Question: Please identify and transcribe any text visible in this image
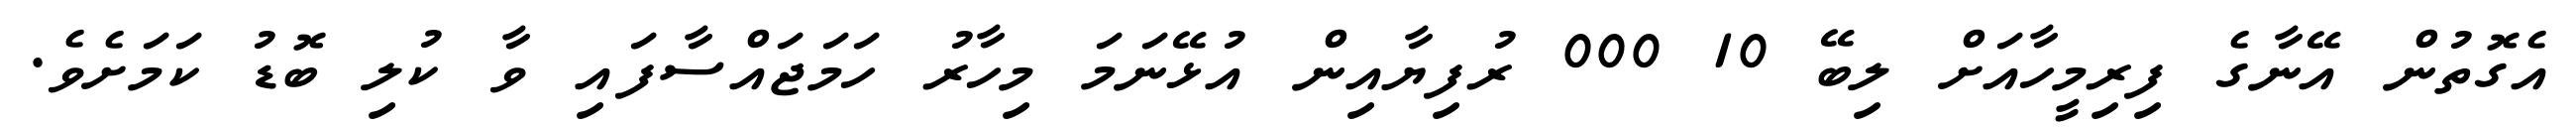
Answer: އެގޮތުން އޭނާގެ ފިރިމީހާއަށް ލިބޭ 10 000 ރުފިޔާއިން އުޅޭނަމަ މިހާރު ހަމަޖައްސާފައި ވާ ކުލި ބޮޑު ކަމަށެވެ.